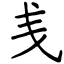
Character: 㦮